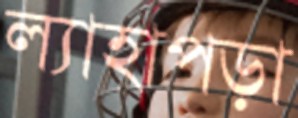
ল্যাহাপড়া